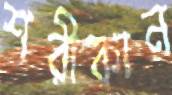
শরীকান